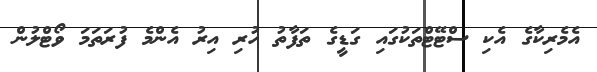
އެމެރިކާގެ އެކި ސްޓޭޓްތަކުގައި ގަޑީގެ ތަފާތު ހުރި އިރު އެންމެ ފުރަތަމަ ވޯޓްލުން